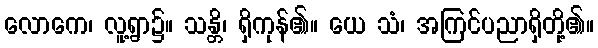
လောကေ၊ လူ့ရွာ၌။ သန္တိ၊ ရှိကုန်၏။ ယေ သံ၊ အကြင်ပညာရှိတို့၏။